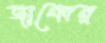
জাব্বের